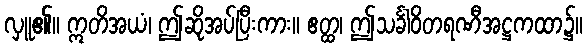
လှူ၏။ ဣတိအယံ၊ ဤဆိုအပ်ပြီးကား။ ဧတ္ထ၊ ဤသင်္ခါဝိတရဏီအဋ္ဌကထာ၌။